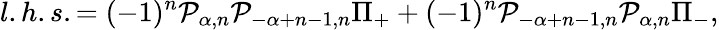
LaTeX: l.h.s.=(-1)^{n}{\cal P}_{\alpha,n}{\cal P}_{-\alpha+n-1,n}\Pi_{+}+(-1)^{n}{\cal P}_{-\alpha+n-1,n}{\cal P}_{\alpha,n}\Pi_{-},